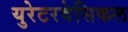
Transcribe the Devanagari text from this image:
युरेटरवेसिकल